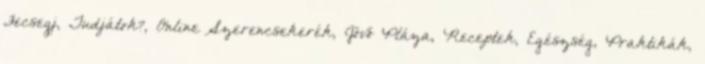
Fecsegj, Tudjátok?, Online Szerencsekerék, Jövő Pláza, Receptek, Egészség, Praktikák,